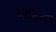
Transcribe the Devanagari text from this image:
विदितम्